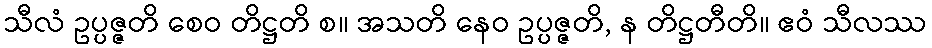
သီလံ ဥပ္ပဇ္ဇတိ စေဝ တိဋ္ဌတိ စ။ အသတိ နေဝ ဥပ္ပဇ္ဇတိ, န တိဋ္ဌတီတိ။ ဧဝံ သီလဿ